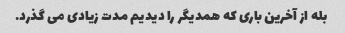
بله از آخرین باری که همدیگر را دیدیم مدت زیادی می گذرد.